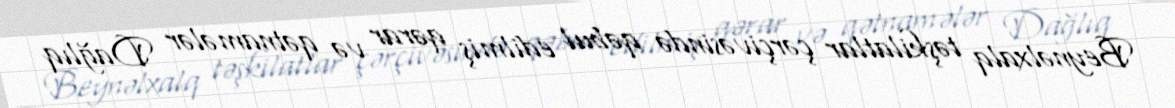
Beynəlxalq təşkilatlar çərçivəsində qəbul edilmiş qərar və qətnamələr Dağlıq